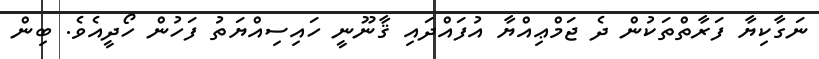
ނަގާކިޔާ ފަރާތްތަކުން ދެ ޖަމްޢިއްޔާ އުފައްދައި ޤާނޫނީ ހައިސިއްޔަތު ފަހުން ހޯދީއެވެ. ބިން